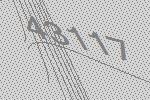
43117